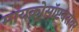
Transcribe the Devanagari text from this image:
मायक्रोसॉप्टबरोबर